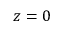
z = 0